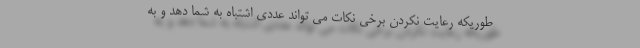
طوریکه رعایت نکردن برخی نکات می تواند عددی اشتباه به شما دهد و به